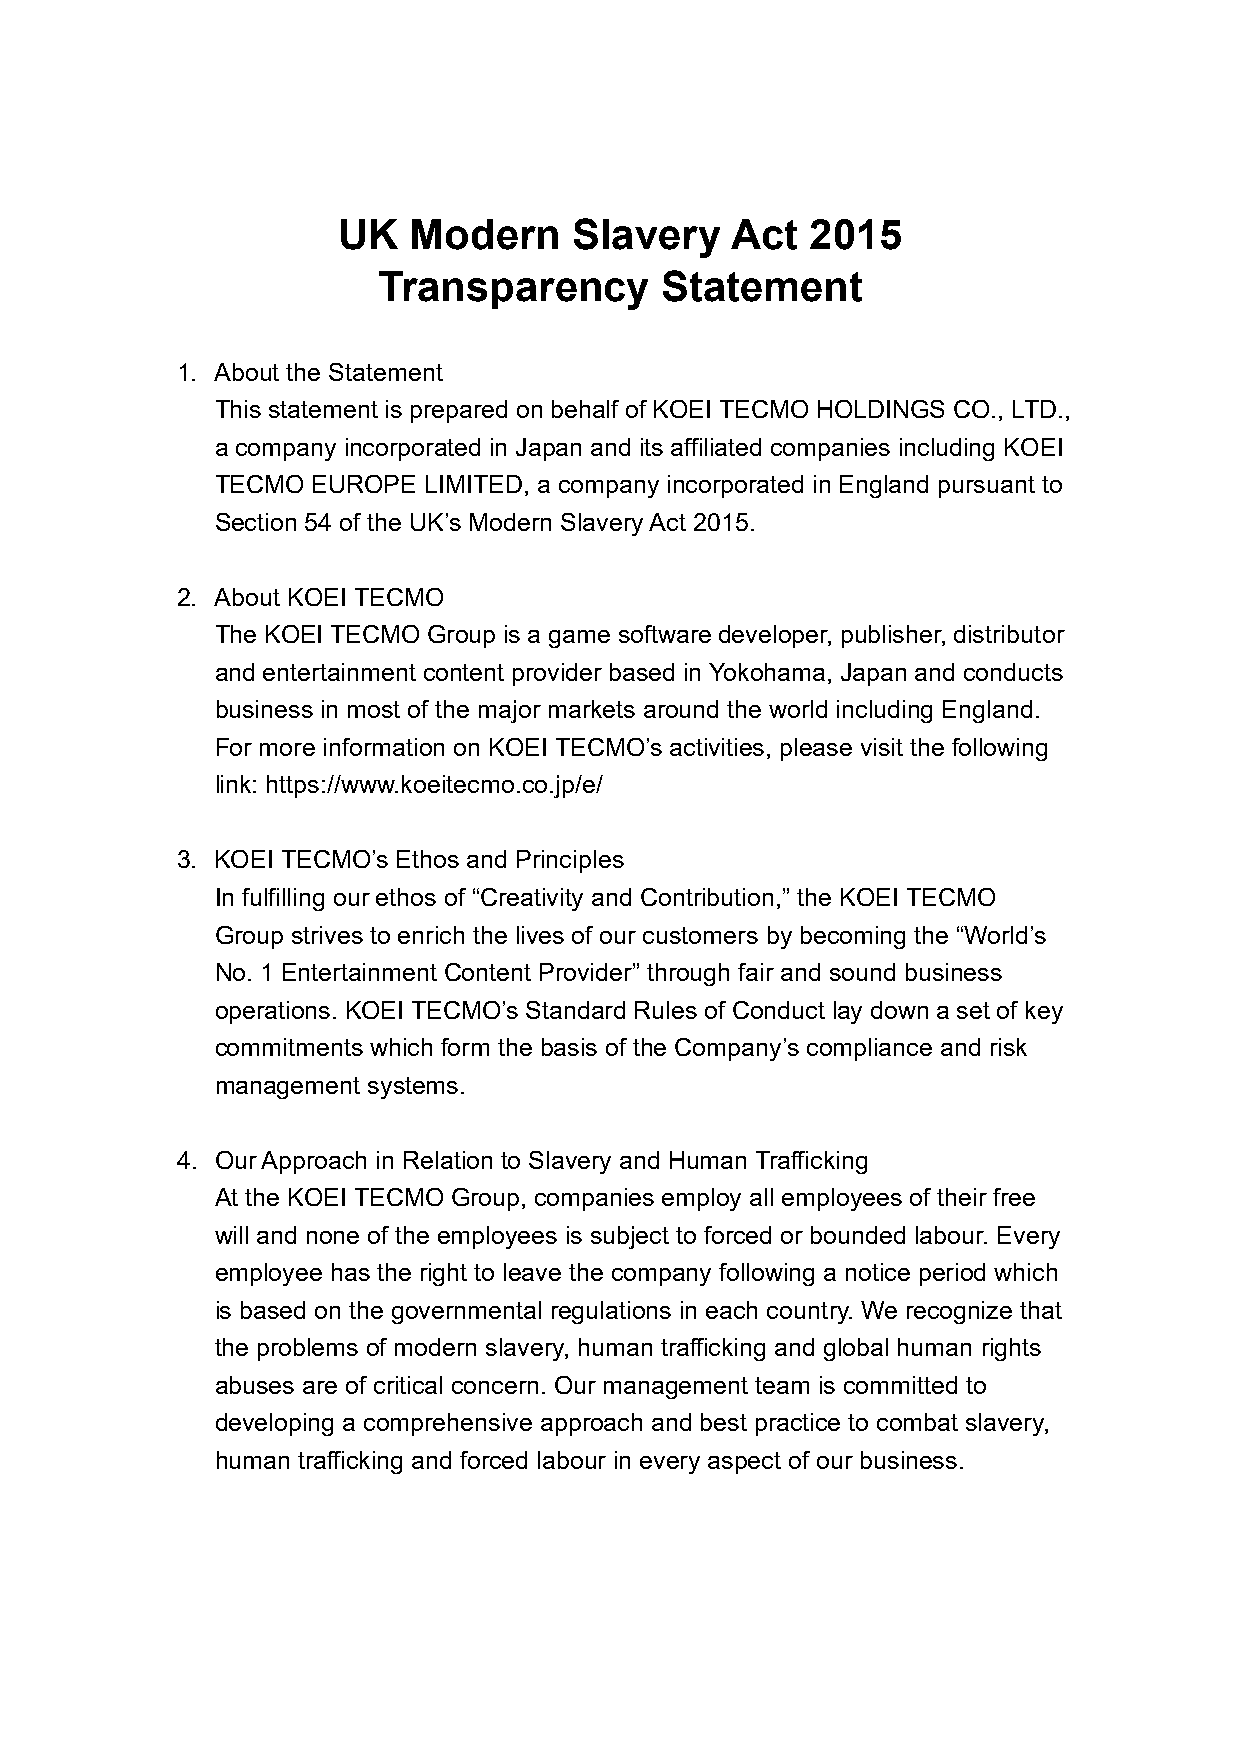
UK   Modern     Slavery   Act   2015
 Transparency       Statement
 1. About the Statement
 This statement is prepared on behalf of KOEI TECMO HOLDINGS CO., LTD.,
 a company incorporated in Japan and its affiliated companies including KOEI
 TECMO  EUROPE LIMITED, a company incorporated in England pursuant to
 Section 54 of the UK’s Modern Slavery Act 2015.
 2. About KOEI TECMO
 The KOEI TECMO Group is a game software developer, publisher, distributor
 and entertainment content provider based in Yokohama, Japan and conducts
 business in most of the major markets around the world including England.
 For more information on KOEI TECMO’s activities, please visit the following
 link: https://www.koeitecmo.co.jp/e/
 3. KOEI TECMO’s Ethos and Principles
 In fulfilling our ethos of “Creativity and Contribution,” the KOEI TECMO
 Group strives to enrich the lives of our customers by becoming the “World’s
 No. 1 Entertainment Content Provider” through fair and sound business
 operations. KOEI TECMO’s Standard Rules of Conduct lay down a set of key
 commitments which form the basis of the Company’s compliance and risk
 management systems.
 4. Our Approach in Relation to Slavery and Human Trafficking
 At the KOEI TECMO Group, companies employ all employees of their free
 will and none of the employees is subject to forced or bounded labour. Every
 employee has the right to leave the company following a notice period which
 is based on the governmental regulations in each country. We recognize that
 the problems of modern slavery, human trafficking and global human rights
 abuses are of critical concern. Our management team is committed to
 developing a comprehensive approach and best practice to combat slavery,
 human trafficking and forced labour in every aspect of our business.